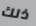
ذلك